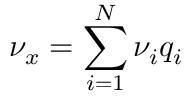
\nu _ { x } = \sum _ { i = 1 } ^ { N } \nu _ { i } q _ { i }